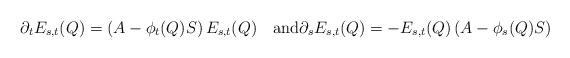
LaTeX: \begin{align*} \partial_t E_{s,t}(Q)=(A-\phi_t(Q)S)\,E_{s,t}(Q)\quad\mbox{\rm and}\partial_s E_{s,t}(Q)=-E_{s,t}(Q)\,(A-\phi_s(Q)S)\end{align*}